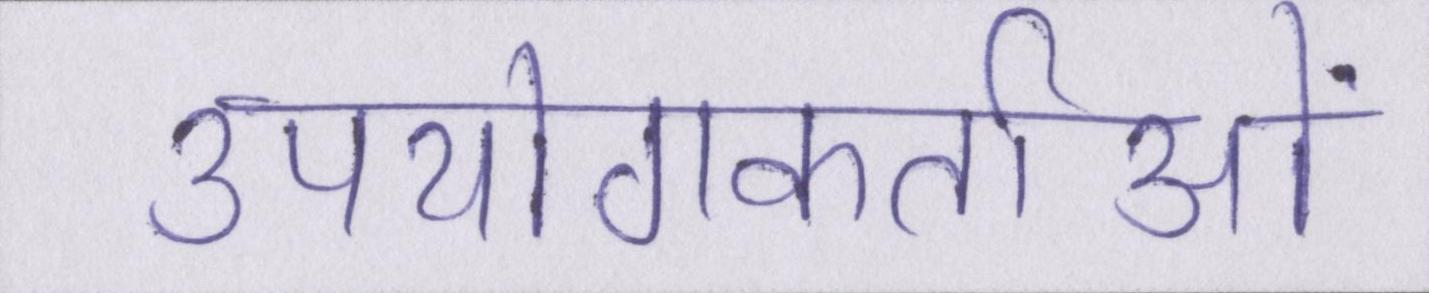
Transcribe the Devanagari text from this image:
उपयोगकर्ताओं